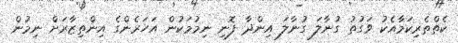
ކެތްތެރިކަމާއެކު ވަގުތު ގުނާލަ ގުނާލަ އިންދާ ފޮނި ނިމުމަކުން އަހަރެންގެ އިންތިޒާރަށް ނިމުން